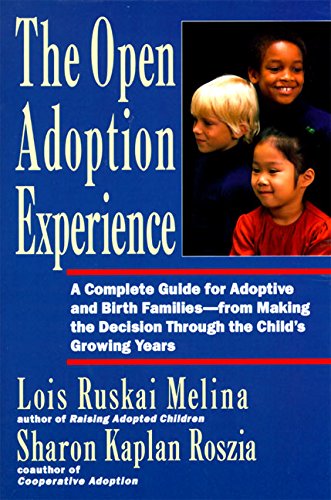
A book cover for The Open Adoption Experience - A Complete Guide for Adoptive and Birth Families; Lois Ruskai Melina; Parenting & Relationships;